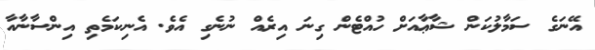
އޭނަގެ ސަމާލުކަން ޝާޢާއަށް ހުއްޓެން ގިނަ އިރެއް ނުނެގި އެވެ. އެނިކަމެތި އިންސާނާއާ